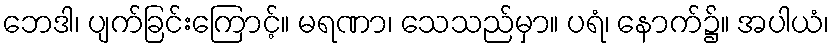
ဘေဒါ၊ ပျက်ခြင်းကြောင့်။ မရဏာ၊ သေသည်မှာ။ ပရံ၊ နောက်၌။ အပါယံ၊